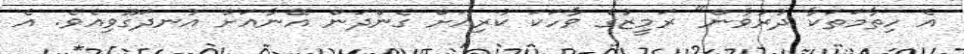
އެ ހިތާމަތަކާ ދުރުވާން" ރަމީޒުގެ ވާހަކަ ކުރިއަށް ގެންދަން އޭނާއަށް އުނދަގޫވިއެވެ. އެ